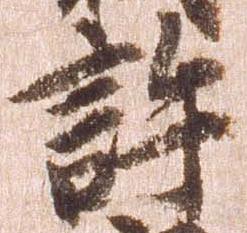
許